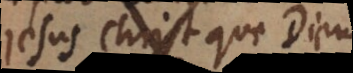
Jesus Christ que Dieu